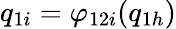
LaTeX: q_{1i}=\varphi_{12i}(q_{1h})